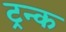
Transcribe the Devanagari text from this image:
ट्रन्क